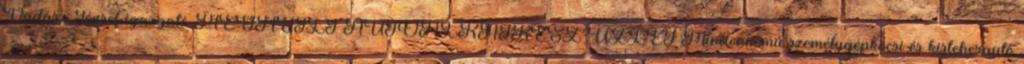
Vadász József igazgató MEGNYÍLT AUTÓALKATRÉSZ-ÜZLET Mindennemû személygépkocsi és kisteherautó